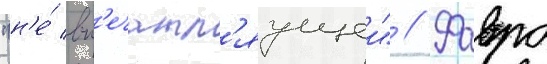
"н'е́ вп'ечатл'яущеи" // Фавро